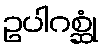
ဥပါဂစ္ဆုံ